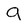
Character: a